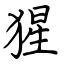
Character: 猩